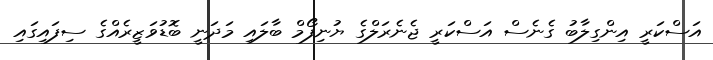
އަސްކަރީ އިންގިލާބު ގެނެސް އަސްކަރީ ޖެނެރަލްގެ ޔުނިފޯމް ބާލައި މަދަނީ ބޮޑުވަޒީރެއްގެ ސިފައިގައި